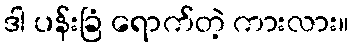
ဒါ ပန်းခြံ ရောက်တဲ့ ကားလား။